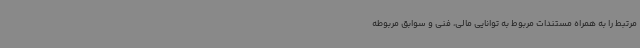
مرتبط را به همراه مستندات مربوط به توانایی مالی، فنی و سوابق مربوطه